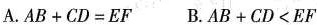
A.$$ AB+CD=EF $$ B.$$ AB+CD<EF $$